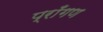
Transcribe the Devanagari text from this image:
प्राँगण